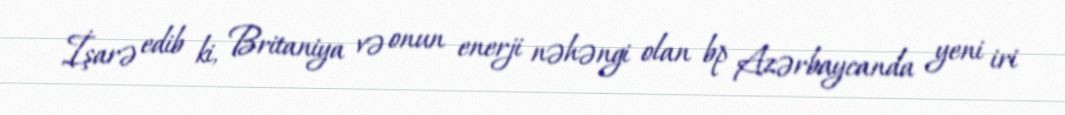
İşarə edib ki, Britaniya və onun enerji nəhəngi olan bp Azərbaycanda yeni iri